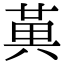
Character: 𭁔